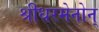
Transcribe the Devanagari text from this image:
श्रीधरमेनोन्